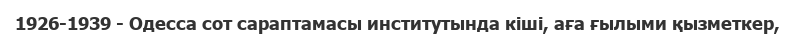
1926-1939 - Одесса сот сараптамасы институтында кіші, аға ғылыми қызметкер,